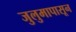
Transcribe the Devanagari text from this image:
जुलुमापासून